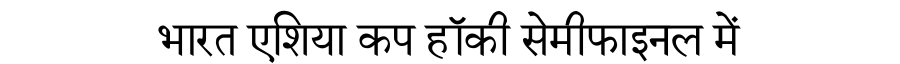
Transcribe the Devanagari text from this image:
भारत एशिया कप हॉकी सेमीफाइनल में